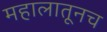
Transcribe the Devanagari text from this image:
महालातूनच